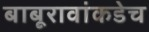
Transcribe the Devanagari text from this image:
बाबूरावांकडेच